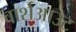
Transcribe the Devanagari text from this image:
वार्शआउट